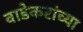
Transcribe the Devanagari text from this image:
वाडेकरांच्या